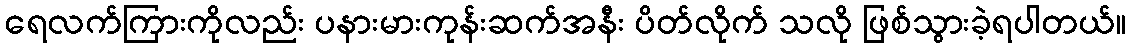
ရေလက်ကြားကိုလည်း ပနားမားကုန်းဆက်အနီး ပိတ်လိုက် သလို ဖြစ်သွားခဲ့ရပါတယ်။